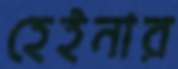
হেইনার